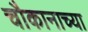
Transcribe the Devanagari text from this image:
चौकानाच्या